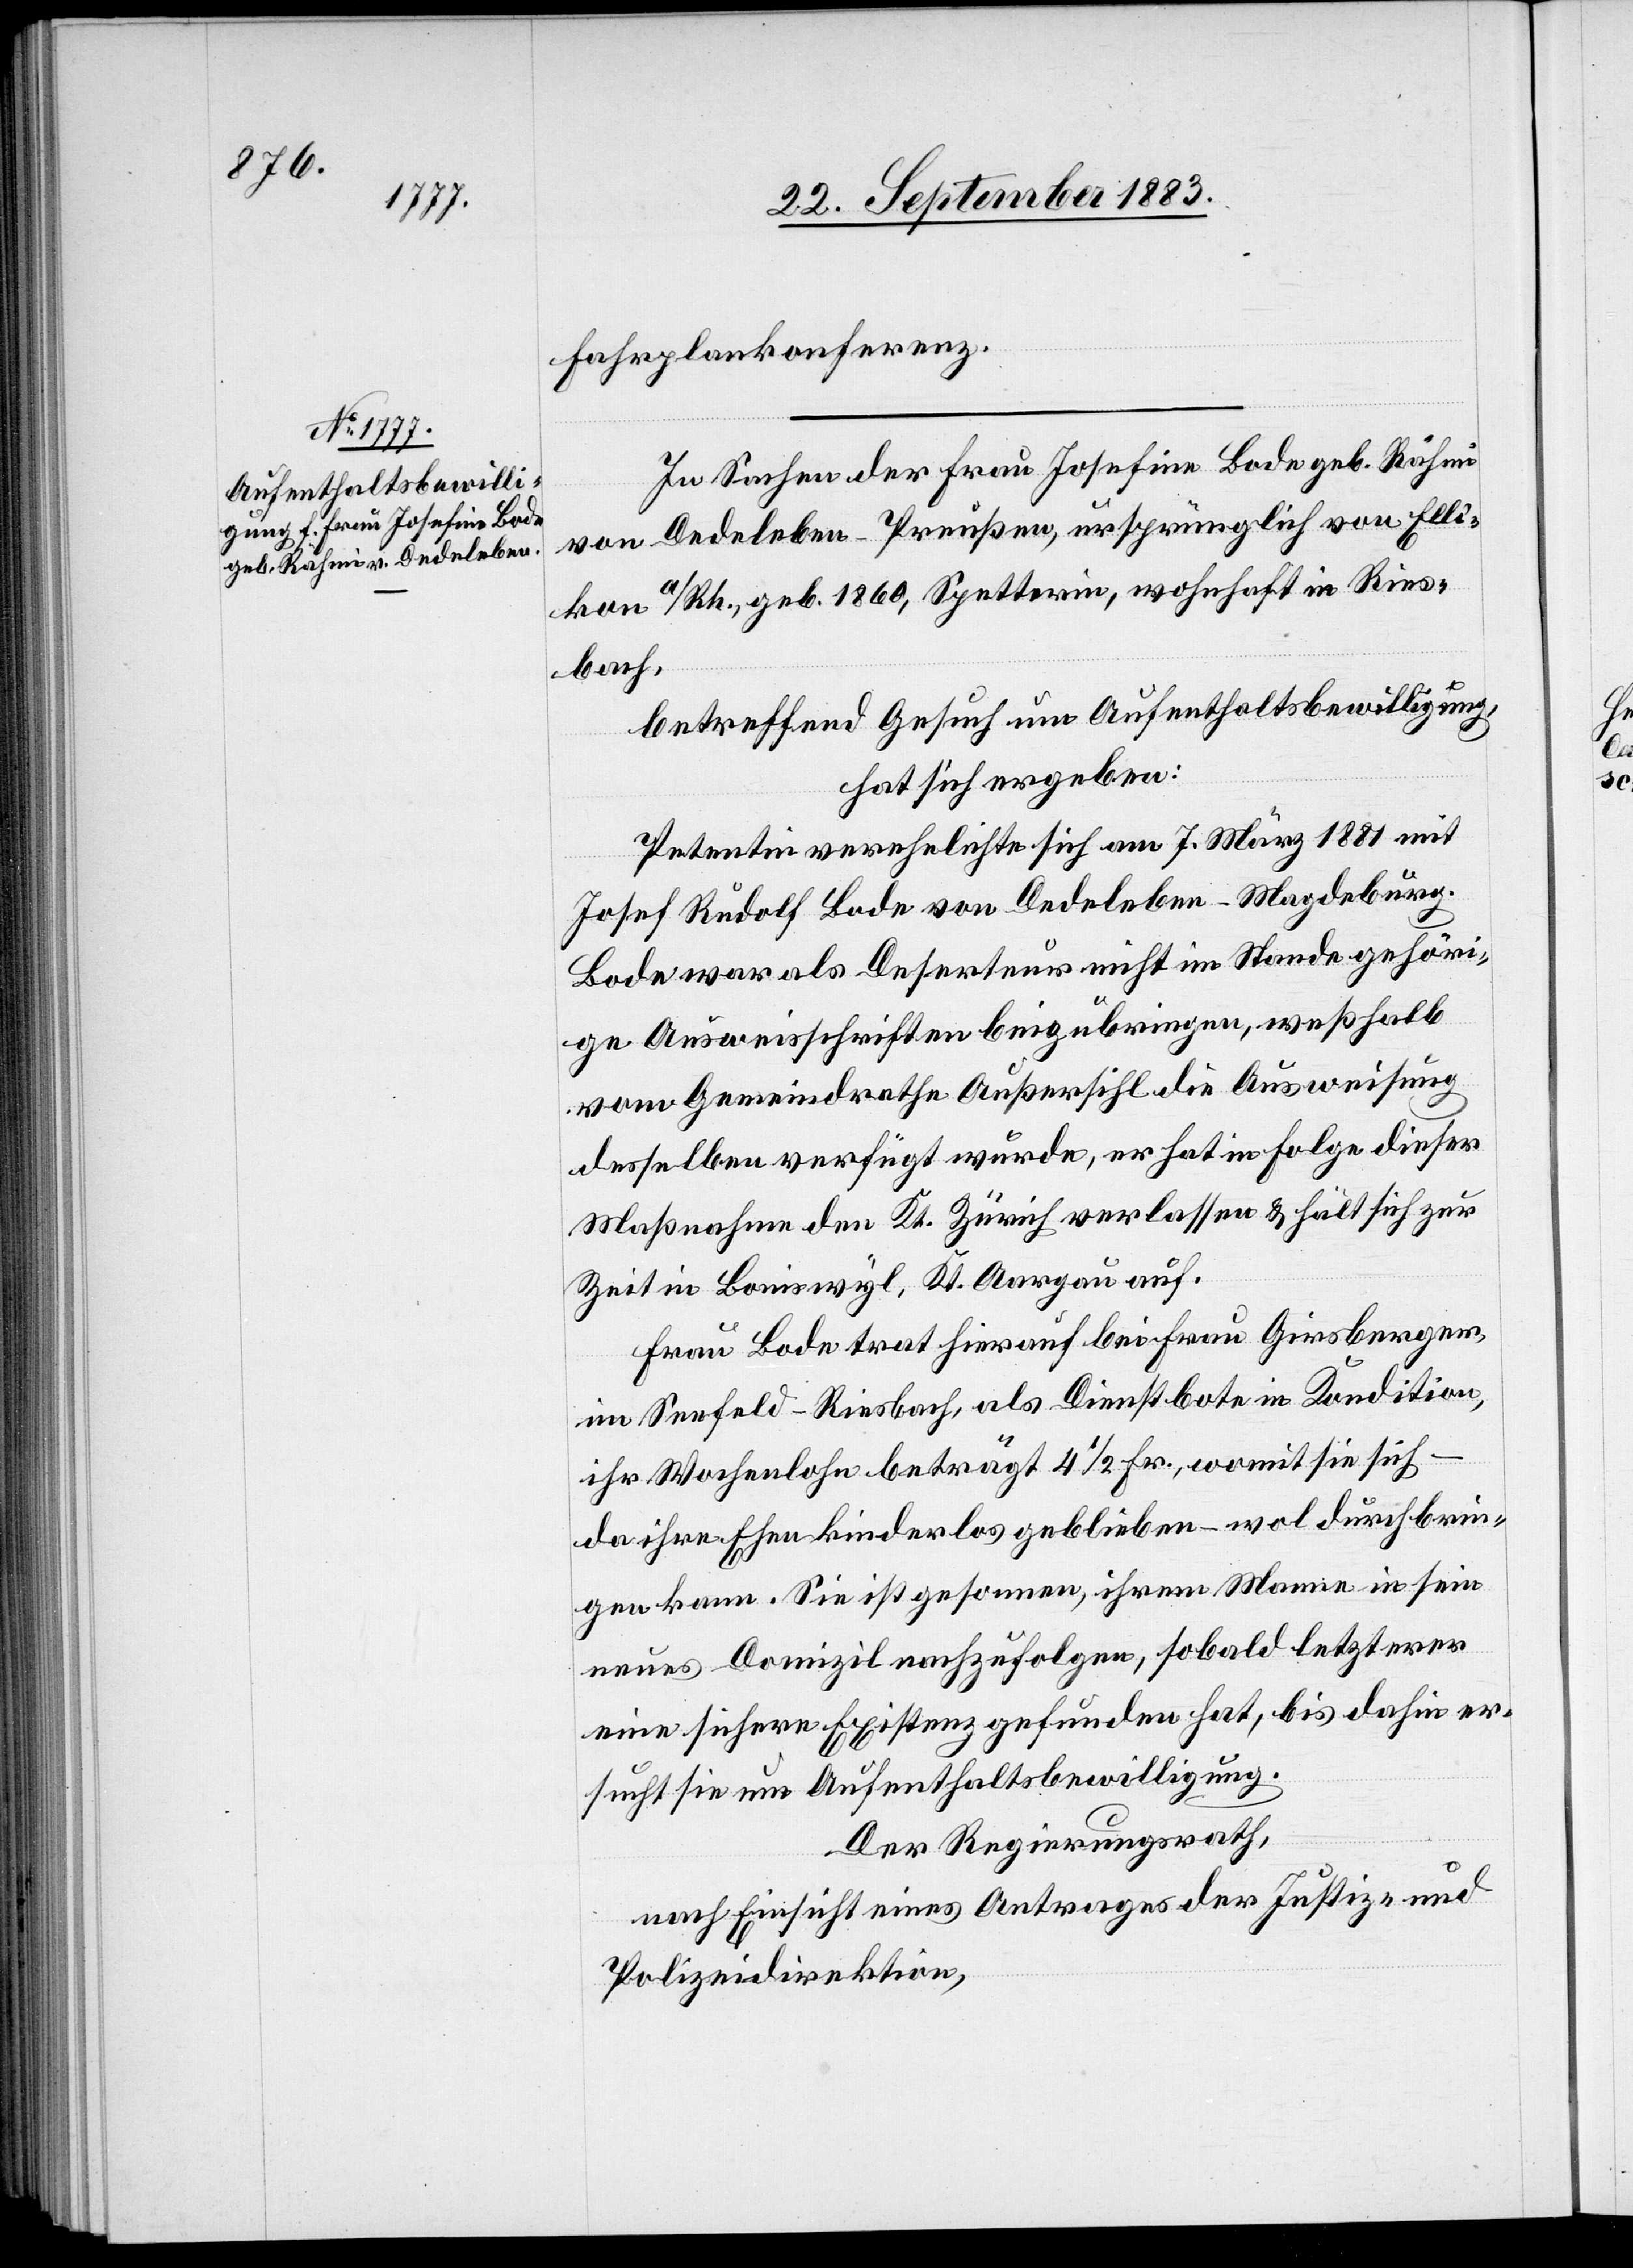
Fahrplankonferenz.
In Sachen der Frau Josefine Bode geb. Rähmi
von Dedeleben - Preußen, ursprünglich von Elli¬
kon a/Rh., geb. 1860, Spetterin, wohnhaft in Ries¬
bach,
betreffend Gesuch um Aufenthaltsbewilligung,
hat sich ergeben:
Petentin verehelichte sich am 7. März 1881 mit
Josef Rudolf Bode von Dedeleben - Magdeburg.
Bode war als Deserteur nicht im Stande gehöri¬
ge Ausweisschriften beizubringen, weßhalb
vom Gemeindrathe Außersihl die Ausweisung
desselben verfügt wurde, er hat in Folge dieser
Maßnahme den Kt. Zürich verlassen & hält sich zur
Zeit in Boniswyl, Kt. Aargau auf.
Frau Bode trat hierauf bei Frau Griesberger,
im Seefeld - Riesbach, als Dienstbote in Kondition,
ihr Wochenlohn beträgt 4 1/2 Fr., womit sie sich
da ihre Ehe kinderlos geblieben – wol durchbrin¬
gen kann. Sie ist gesonnen, ihrem Manne in sein
neues Domizil nachzufolgen, sobald letzterer
eine sichere Existenz gefunden hat, bis dahin er¬
sucht sie um Aufenthaltsbewilligung.
Der Regierungsrath,
nach Einsicht eines Antrages der Justiz- und
Polizeidirektion,